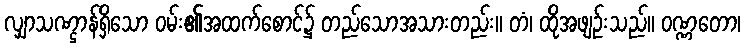
လျှာသဏ္ဌာန်ရှိသော ဝမ်း၏အထက်စောင်၌ တည်သောအသားတည်း။ တံ၊ ထိုအဖျဉ်းသည်။ ဝဏ္ဏတော၊